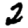
Digit: 2